Mental hospitals Bombay report 1929-33 - 1929-1933
Year: 1929
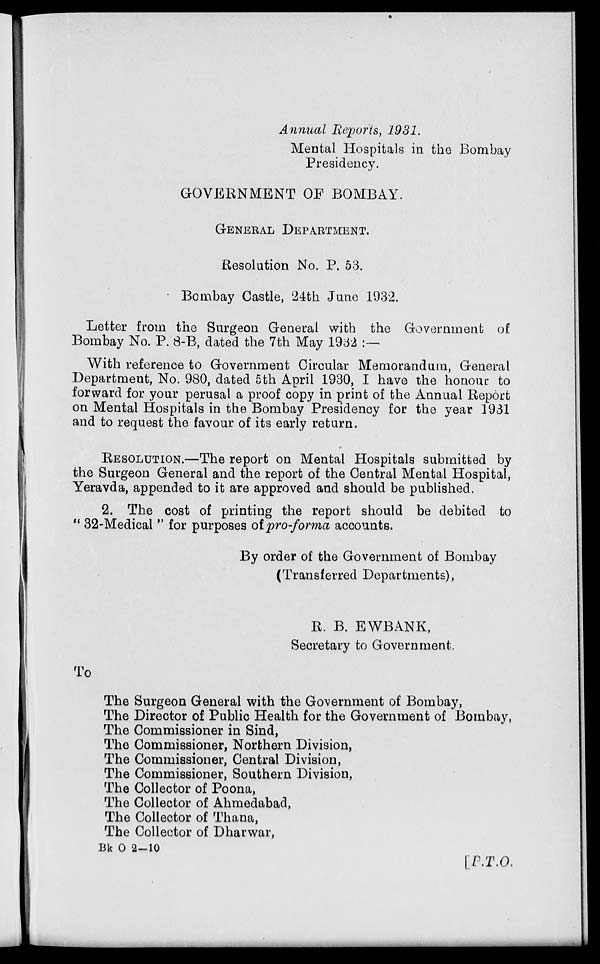
Annual Reports, 1931.
Mental Hospitals in the Bombay
Presidency.
GOVERNMENT OF BOMBAY.
GENERAL DEPARTMENT.
Resolution No. P. 53.
Bombay Castle, 24th June 1932.
Letter from the Surgeon General with the Government of
Bombay No. P. 8-B, dated the 7th May 1932 :—
With reference to Government Circular Memorandum, General
Department, No. 980, dated 5th April 1930, I have the honour to
forward for your perusal a proof copy in print of the Annual Report
on Mental Hospitals in the Bombay Presidency for the year 1931
and to request the favour of its early return.
RESOLUTION.—The report on Mental Hospitals submitted by
the Surgeon General and the report of the Central Mental Hospital,
Yeravda, appended to it are approved and should be published.
2. The cost of printing the report should be debited to
" 32-Medical " for purposes of pro-forma accounts.
By order of the Government of Bombay
(Transferred Departments),
R. B. EWBANK,
Secretary to Government.
To
The Surgeon General with the Government of Bombay,
The Director of Public Health for the Government of Bombay,
The Commissioner in Sind,
The Commissioner, Northern Division,
The Commissioner, Central Division,
The Commissioner, Southern Division,
The Collector of Poona,
The Collector of Ahmedabad,
The Collector of Thana,
The Collector of Dharwar,
Bk O 2-10
[P.T.O.